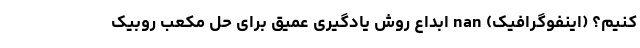
کنیم؟ (اینفوگرافیک) nan ابداع روش‌ یادگیری عمیق برای حل مکعب روبیک